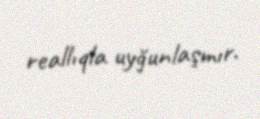
reallıqla uyğunlaşmır.